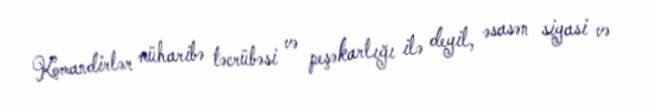
Komandirlər müharibə təcrübəsi və peşəkarlığı ilə deyil, əsasən siyasi və